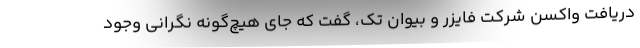
دریافت واکسن شرکت فایزر و بیوان تک، گفت که جای هیچ‌گونه نگرانی وجود